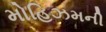
મોહિઝમની